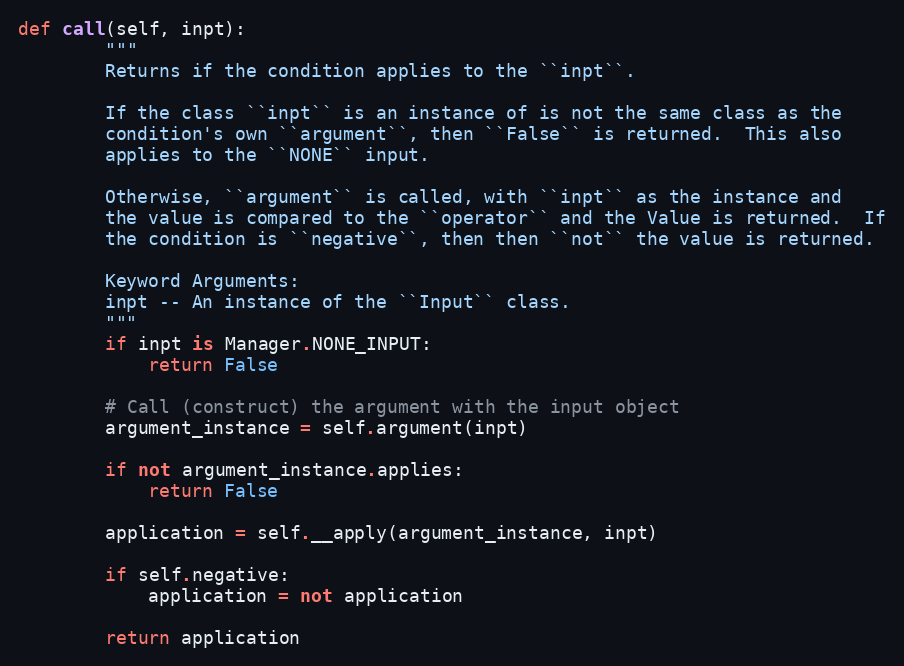
Language: Python
def call(self, inpt):
        """
        Returns if the condition applies to the ``inpt``.

        If the class ``inpt`` is an instance of is not the same class as the
        condition's own ``argument``, then ``False`` is returned.  This also
        applies to the ``NONE`` input.

        Otherwise, ``argument`` is called, with ``inpt`` as the instance and
        the value is compared to the ``operator`` and the Value is returned.  If
        the condition is ``negative``, then then ``not`` the value is returned.

        Keyword Arguments:
        inpt -- An instance of the ``Input`` class.
        """
        if inpt is Manager.NONE_INPUT:
            return False

        # Call (construct) the argument with the input object
        argument_instance = self.argument(inpt)

        if not argument_instance.applies:
            return False

        application = self.__apply(argument_instance, inpt)

        if self.negative:
            application = not application

        return application